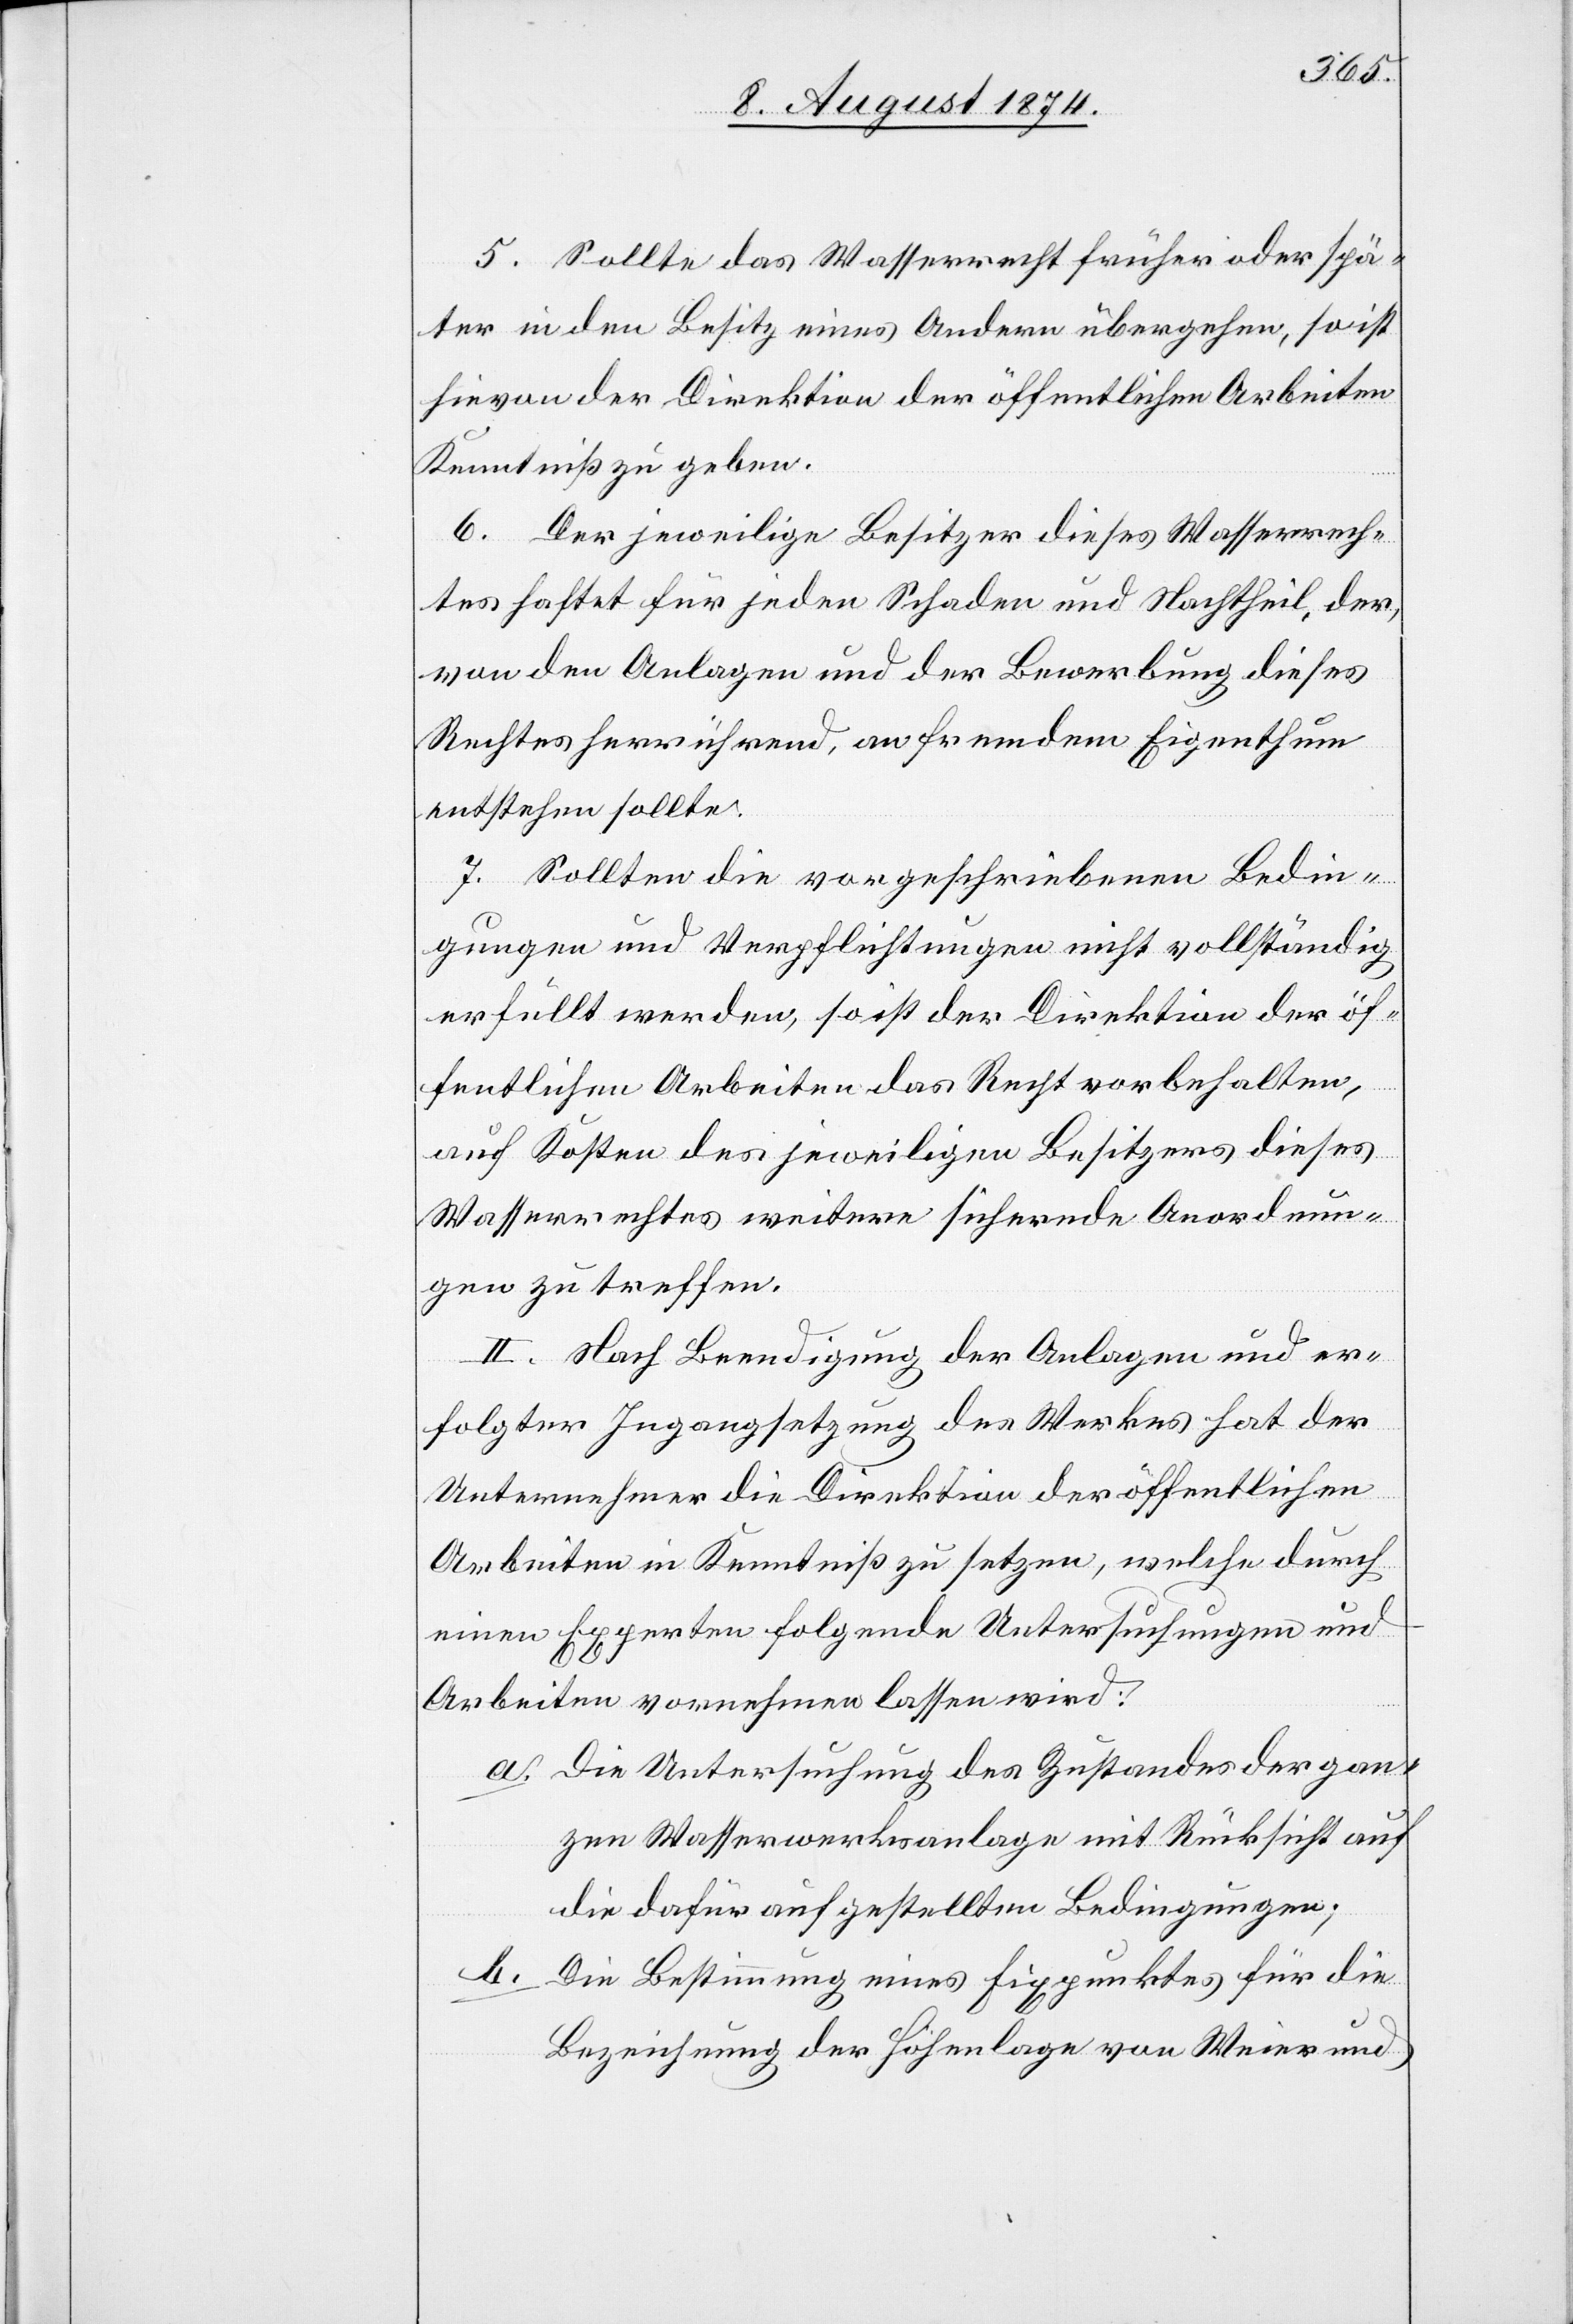
5. Sollte das Wasserrecht früher oder spä¬
ter in den Besitz eines Andern übergehen, so ist
hievon der Direktion der öffentlichen Arbeiten
Kenntniß zu geben.
6. Der jeweilige Besitzer dieses Wasserrech¬
tes haftet für jeden Schaden und Nachtheil, der,
von den Anlagen und der Bewerbung dieses
Rechts herrührend, an fremdem Eigenthum
entstehen sollte.
7. Sollten die vorgeschriebenen Bedin¬
gungen und Verpflichtungen nicht vollständig
erfüllt werden, so ist der Direktion der öf¬
fentlichen Arbeiten das Recht vorbehalten,
auf Kosten des jeweiligen Besitzers dieses
Wasserrechtes weitere sichernde Anordnun¬
gen zu treffen.
II. Nach Beendigung der Anlagen und er¬
folgter Ingangsetzung des Werkes hat der
Unternehmer die Direktion der öffentlichen
Arbeiten in Kenntniß zu setzen, welche durch
einen Experten folgende Untersuchungen und
Arbeiten vornehmen lassen wird:
a. Die Untersuchung des Zustandes der gan¬
zen Wasserwerksanlage mit Rücksicht auf
die dafür aufgestellten Bedingungen;
b. Die Bestimmung eines Fixpunktes für die
Bezeichnung der Höhenlage von Weier und